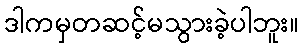
ဒါကမှတဆင့်မသွားခဲ့ပါဘူး။